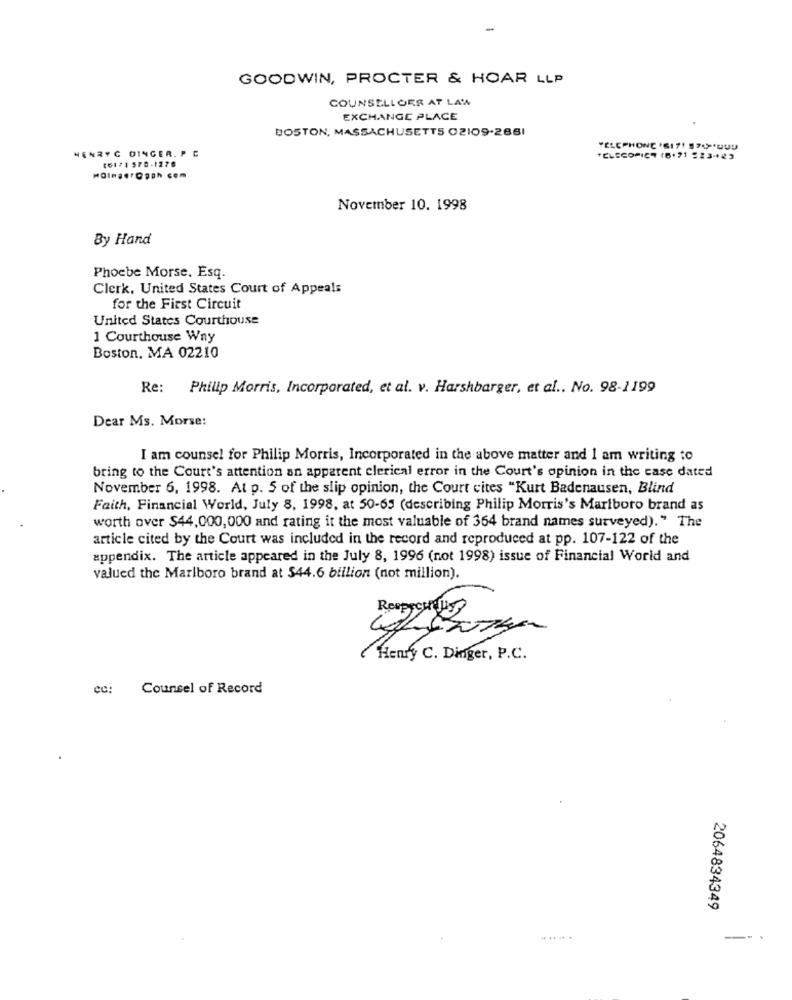
GOODWIN, PROCTER & HOAR LLP
COUNSELLGES AT LAW
EXCHANGE PLACE
BOSTON, MASSACHUSETTS 02109-2881
HENRYC DINGER. PC
TELEPHONE 'S171 7400U
16171 570-1276
TELECOPICT (6. 71 523-23
November 10. 1998
By Hand
Phoebe Morse, Esq.
Clerk. United States Court of Appeals
for the First Circuit
United States Courthouse
1 Courthouse Way
Boston, MA 02210
Re: Philip Morris, Incorporated, et al. v. Harshbarger, et al .. No. 98-1199
Dear Ms. Morse:
I am counsel for Philip Morris, Incorporated in the above matter and 1 am writing to
bring to the Court's attention an apparent clerical error in the Court's opinion in the case dated
November 6, 1998. At p. 5 of the slip opinion, the Court cites "Kurt Badenausen, Blind
Faith, Financial World, July 8, 1998, at 50-65 (describing Philip Morris's Marlboro brand as
worth over $44,000,000 and rating it the most valuable of 364 brand names surveyed)." The
article cited by the Court was included in the record and reproduced at pp. 107-122 of the
appendix. The article appeared in the July 8, 1996 (not 1998) issue of Financial World and
valued the Marlboro brand at 544.6 billion (not million).
Henry C. Dinger, P.C.
ce:
Counsel of Record
2064834349
... ...
--.